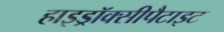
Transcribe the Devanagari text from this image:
हाइड्रॉक्सीपैटाइट